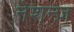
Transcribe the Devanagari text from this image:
नेशन्ज़